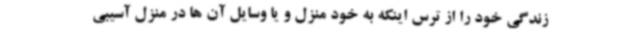
زندگی خود را از ترس اینکه به خود منزل و یا وسایل آن ها در منزل آسیبی